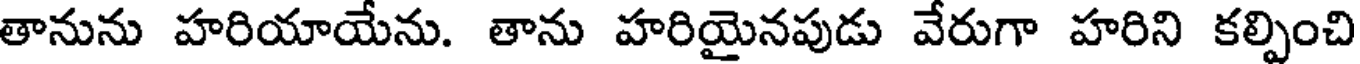
తానును హరియాయేను. తాను హరియైనపుడు వేరుగా హరిని కల్పించి